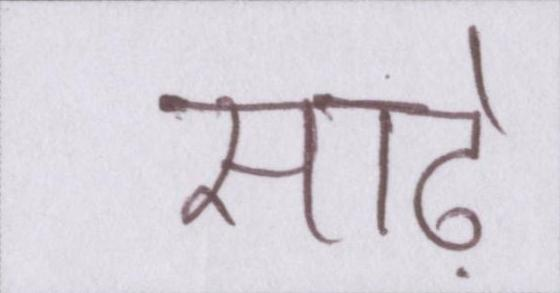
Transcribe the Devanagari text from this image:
साढ़े